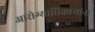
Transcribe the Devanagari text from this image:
आरोग्याधिकाऱ्यांना